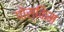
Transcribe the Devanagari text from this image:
पोस्किम